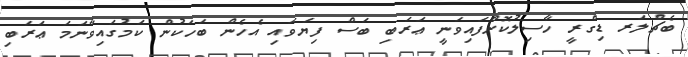
ބެޗްލަރ ޑިގްރީ ހާސިލުކޮށްފައިވަނީ ޢަރަބި ބަސް ފިޔަވައި އެހެން ބަހަކުން ކަމުގައިވާނަމަ ޢަރަބި